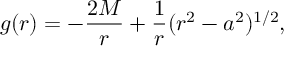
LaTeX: g ( r ) = - { \frac { 2 M } { r } } + { \frac { 1 } { r } } ( r ^ { 2 } - a ^ { 2 } ) ^ { 1 / 2 } ,